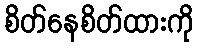
စိတ်နေစိတ်ထားကို